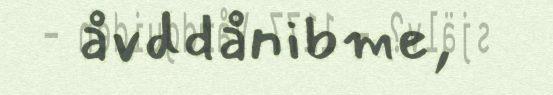
åvddånibme,